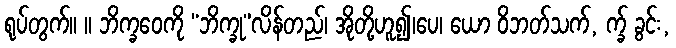
ရုပ်တွက်။ ။ ဘိက္ခဝေကို “ဘိက္ခု”လိန်တည်၊ အိုတို့ဟူ၍၊ပေ၊ ယော ဝိဘတ်သက်, က္ခ် ခွင်း,